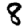
Digit: 8